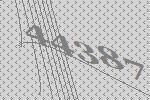
44387